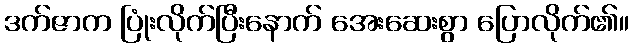
ဒက်ဇာက ပြုံးလိုက်ပြီးနောက် အေးဆေးစွာ ပြောလိုက်၏။